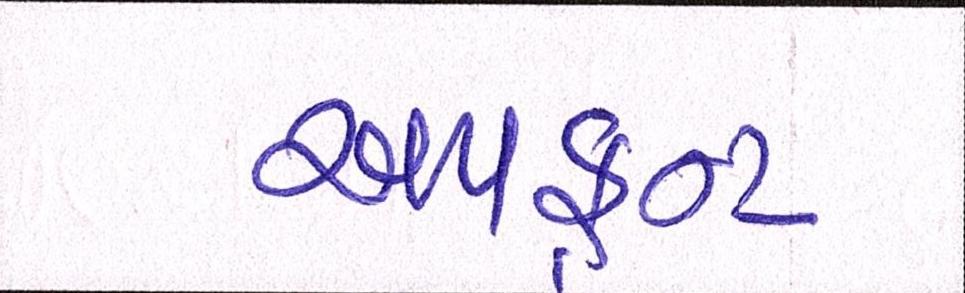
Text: અપફ્રન્ટ